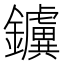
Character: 𨯼